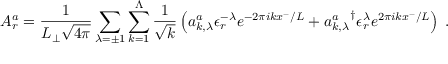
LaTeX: A _ { r } ^ { a } = \frac { 1 } { L _ { \perp } \sqrt { 4 \pi } } \sum _ { \lambda = \pm 1 } \sum _ { k = 1 } ^ { \Lambda } \frac { 1 } { \sqrt { k } } \left( a _ { k , \lambda } ^ { a } \epsilon _ { r } ^ { - \lambda } e ^ { - 2 \pi i k x ^ { - } / L } + { a _ { k , \lambda } ^ { a } } ^ { \dag } \epsilon _ { r } ^ { \lambda } e ^ { 2 \pi i k x ^ { - } / L } \right) \; .